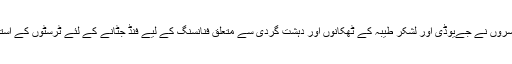
انٹرنیشنل کمیونٹی کے دباؤ میں پاکستانی افسروں نے جےیوڈی اور لشکر طیبہ کے ٹھکانوں اور دہشت گردی سے متعلق فنانسنگ کے لیے فنڈ جٹانے کے لئے ٹرسٹوں کے استعمال کے معاملوں کی جانچ شروع کی ہے۔